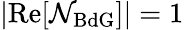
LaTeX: |\mathrm{Re}[\mathcal{N}_{\mathrm{BdG}}]|=1